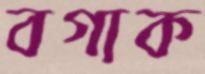
বগাক